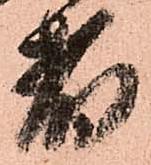
者